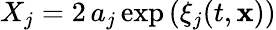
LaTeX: X_{j}=2\, a_{j}\exp\left(\xi_{j}({t,\mathbf{x}})\right)